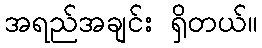
အရည်အချင်း ရှိတယ်။